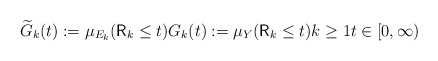
\begin{align*}\widetilde{G}_{k}(t):=\mu_{E_{k}}(\mathsf{R}_{k}\leq t)G_{k}(t):=\mu_{Y}(\mathsf{R}_{k}\leq t)k\geq1t\in\lbrack0,\infty)\end{align*}